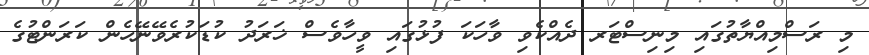
މި ރަސްމިއްޔާތުގައި މިނިސްޓަރ ދެއްކެވި ވާހަކަ ފުޅުގައި ވީހާވެސް ޚަރަދު ކުޑަކުރެވޭނޭހެން ކަރަންޓުގެ